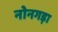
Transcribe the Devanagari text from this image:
नोनगड़ा